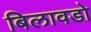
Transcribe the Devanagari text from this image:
बिलावडो